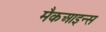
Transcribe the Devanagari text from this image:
मैकआइन्स